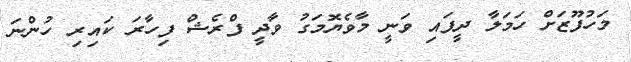
މަހުފޫޒަށް ހަމަލާ ދީފައި ވަނީ މާވެޔޮމަގު ވާދީ ފްރެޝް ފިހާރަ ކައިރި ހުންނަ